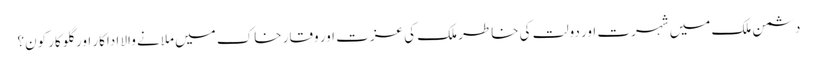
دشمن ملک میں شہرت اور دولت کی خاطر ملک کی عزت اور وقار خاک میں ملانے والا اداکار اور گلوکار کون؟